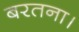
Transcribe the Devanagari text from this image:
बरतना।